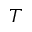
T